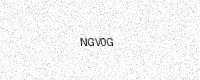
Text: NGV0G